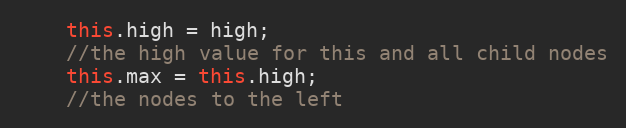
Language: JavaScript
	this.high = high;
	//the high value for this and all child nodes
	this.max = this.high;
	//the nodes to the left